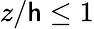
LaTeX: z/\mathsf{h}\leq1